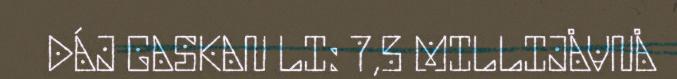
DÁJ GASKAN LI: 7,5 MILLIJÅVNÅ